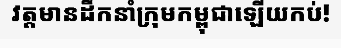
វត្តមានដឹកនាំក្រុមកម្ពុជាឡើយកប់!